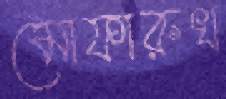
মোফারুখ